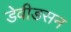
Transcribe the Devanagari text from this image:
डेवीडसन